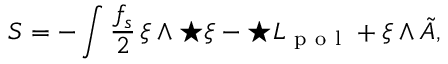
S = - \int \frac { f _ { s } } { 2 } \, \xi \wedge { \star \xi } - \star { \cal L } _ { \mathrm { ~ p ~ o ~ l ~ } } + \xi \wedge \tilde { A } ,